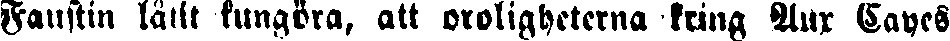
Faustin låtit kungöra, att oroligheterna kring Aux Cayes